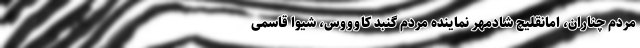
مردم چناران، امانقلیچ شادمهر نماینده مردم گنبد کاوووس، شیوا قاسمی